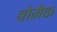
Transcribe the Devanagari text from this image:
वोमैक